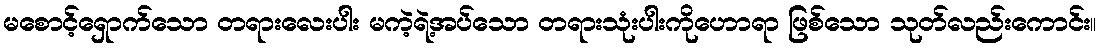
မစောင့်ရှောက်သော တရားလေးပါး မကဲ့ရဲ့အပ်သော တရားသုံးပါးကိုဟောရာ ဖြစ်သော သုတ်လည်းကောင်း။